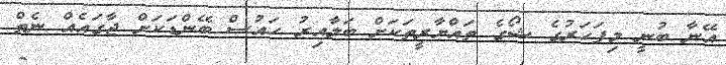
އޭނާ ބުނީ މިފަހަރުގެ ޝޯގެ ތައްޔާރީތަކަށް ބަލާއިރު ހައުސް ބޭންޑަކަށް ޖާގައެއް ނެތް